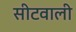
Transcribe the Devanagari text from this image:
सीटवाली